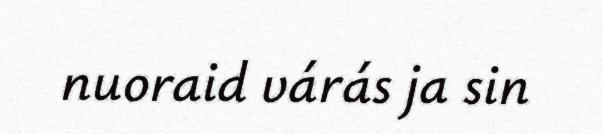
nuoraid várás ja sin